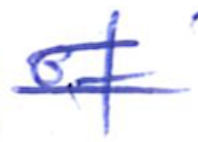
Text: of
Cross-out: mix
Writing tool: ballpoint